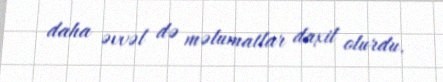
daha əvvəl də məlumatlar daxil olurdu.